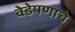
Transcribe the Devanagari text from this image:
वेडेपणाचे